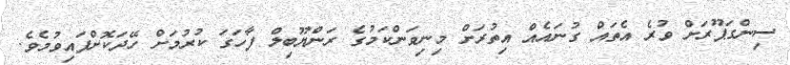
ސިންގަޕޫރަށް ވުރެ އެތައް ގުނައެއް އިތުރަށް މިނިވަންކަމުގެ ރަންޔޫބިލް ފާހަގަ ކުރުމަށް ހޭދަކޮށްފައިވުމެވެ.